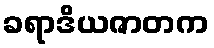
ခရာဒိယဇာတက